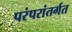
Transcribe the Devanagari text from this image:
परंपरांतर्गत